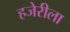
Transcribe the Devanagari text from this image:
हजेरीला